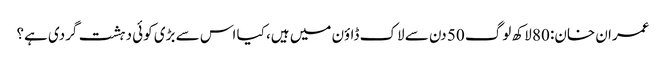
عمران خان: 80 لاکھ لوگ 50 دن سے لاک ڈاؤن میں ہیں، کیا اس سے بڑی کوئی دہشت گردی ہے؟